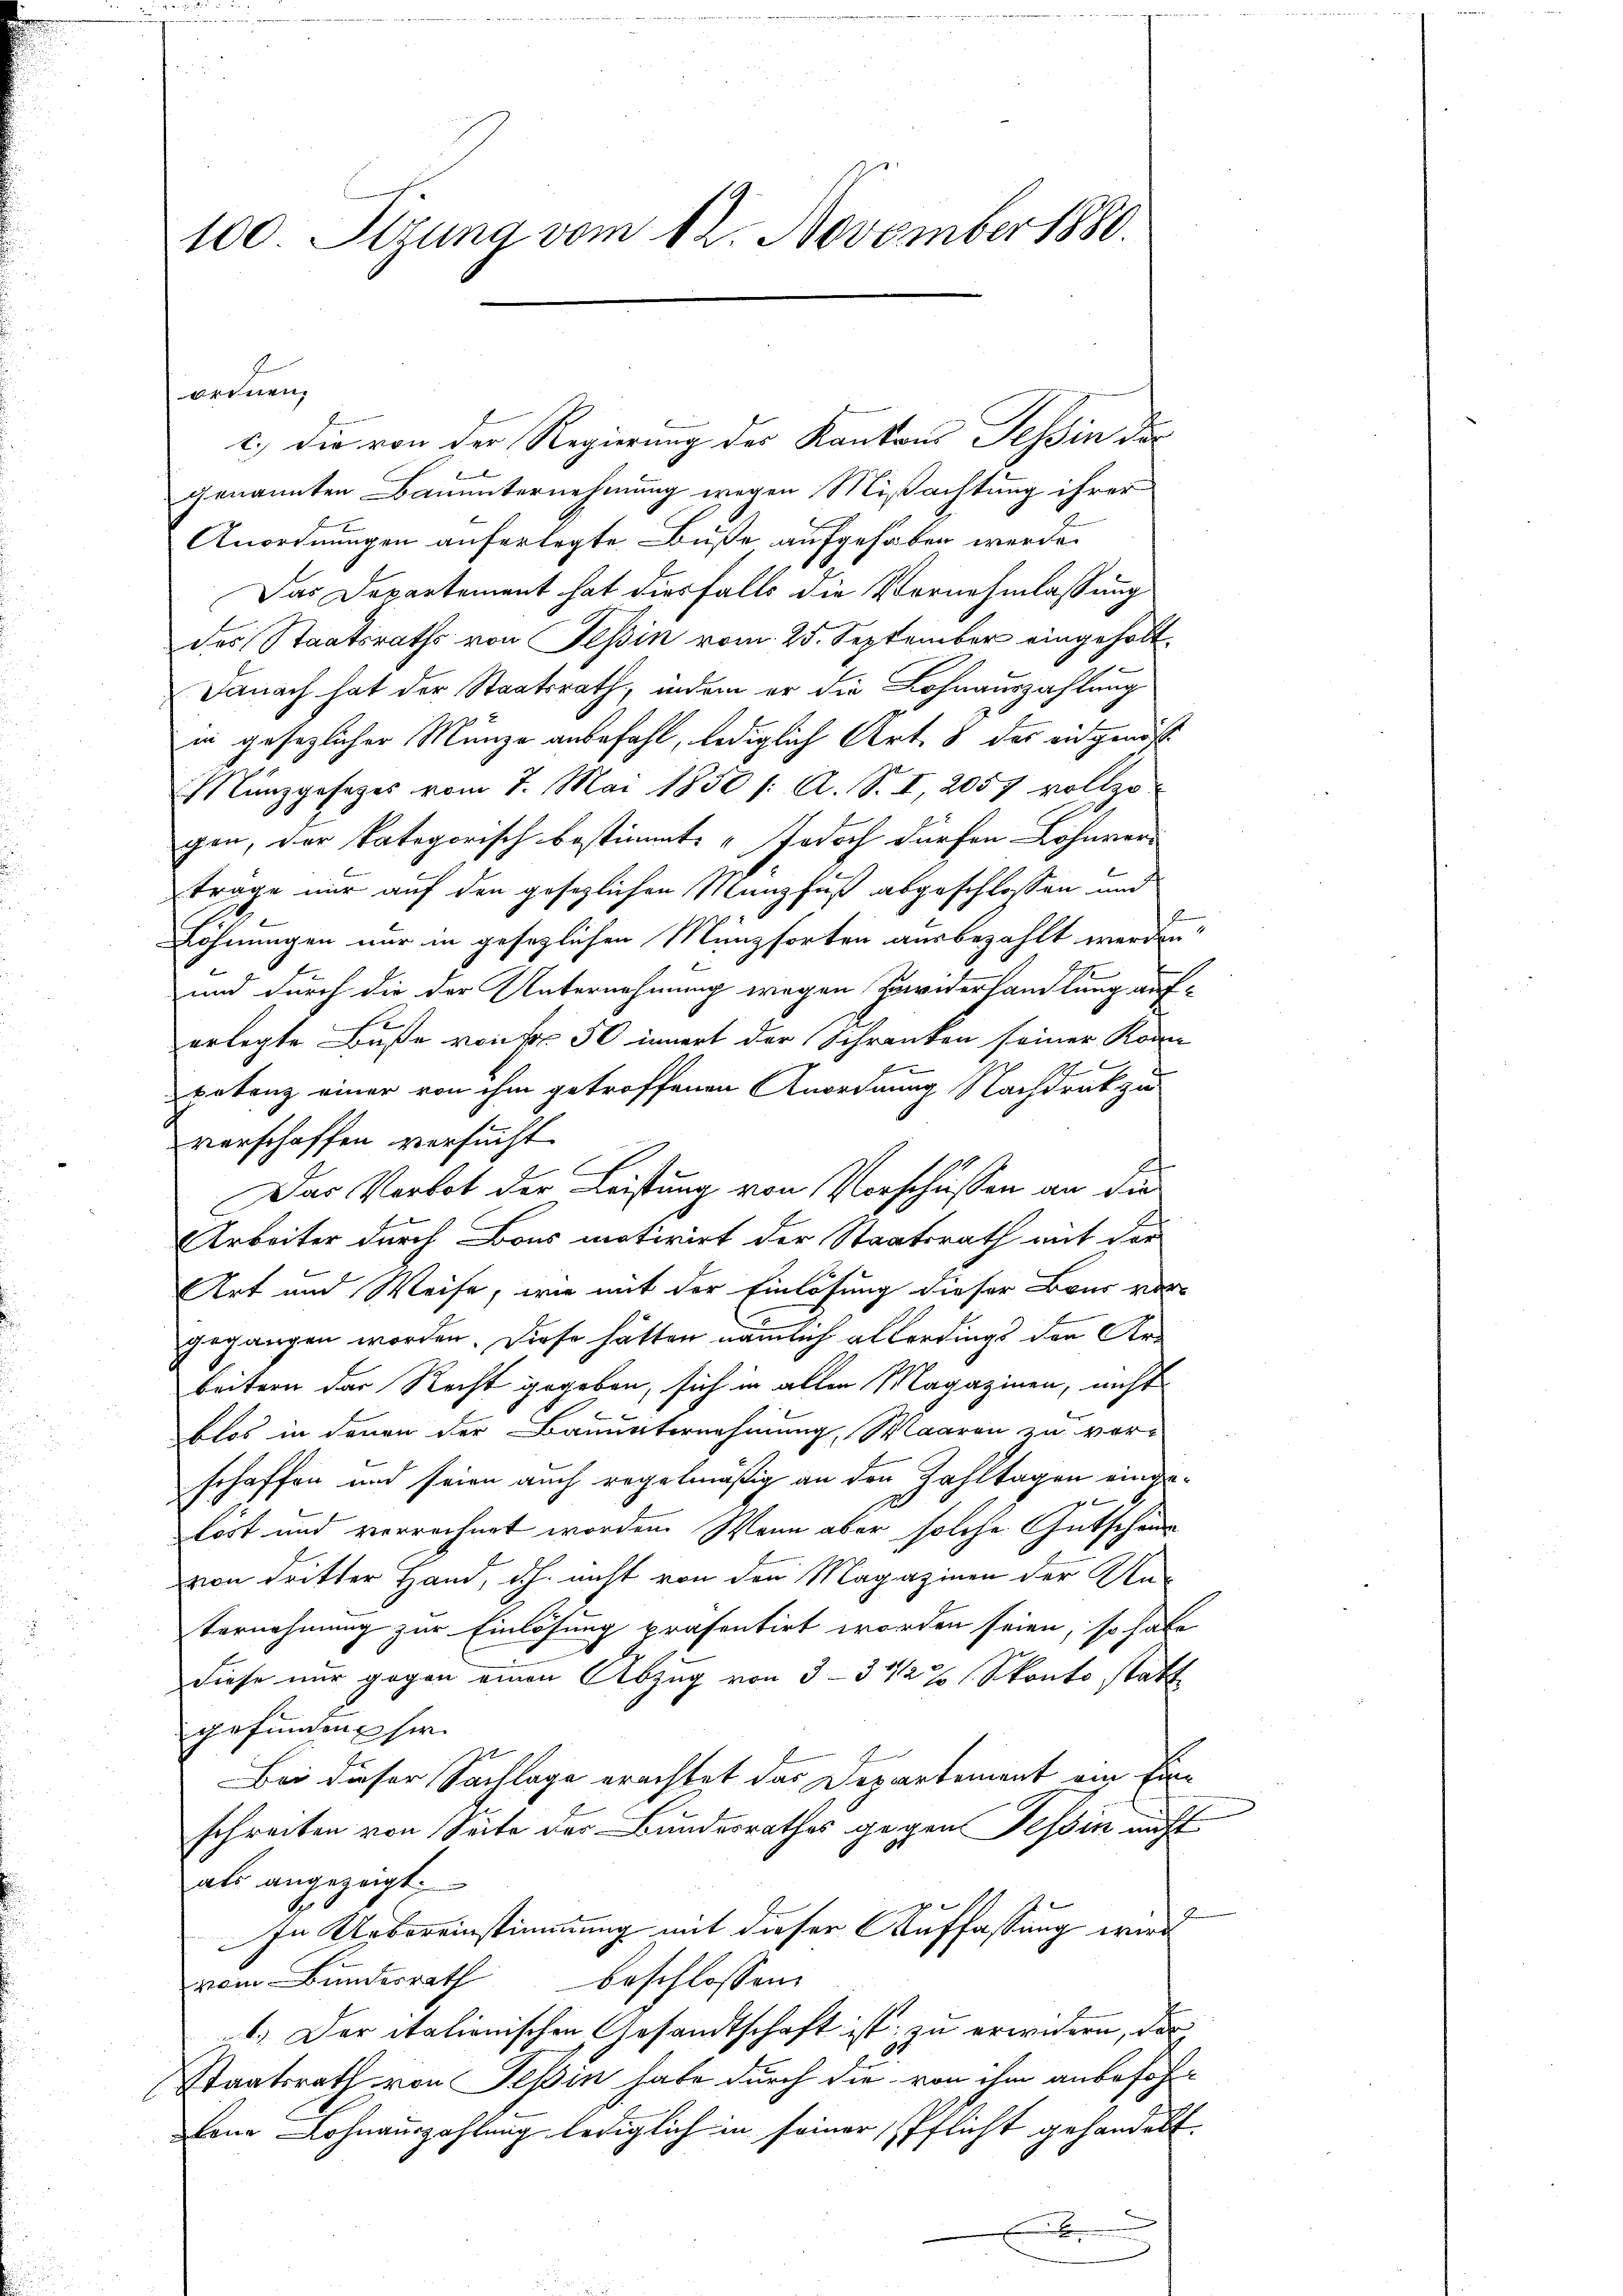
100 Sizung vom 12. November 1880.

c.) Die von der Regierung des Kantons Tessin der
genannten Bauunternehmung wegen Mißachtung ihrer
Anordnungen auferlegte Buße aufgehaben werde.
Das Departement hat diesfalls die Vernehmlassung
des Staatsraths von Tessin vom 25. September eingeholt.
Danach hat der Staatsrath, indem er die Lohnauszahlung
in gesezlicher Münze anbefahl, lediglich Art. 8 des eidgenöß¬
Münzgesezes vom 7. Mai 1850 /: A. S. I, 2057 vollzo
gen, der kategorisch bestimmt: „Jedoch dürfen Lohnver-
trage mir auf den gesezlichen Münzfuß abgeschlossen und
Löhnungen nur in gesezlichen Münzsorten ausbezahlt werden,
f
und durch die der Unternehmung wegen Bavierhandlung auf¬
.
e
erlegte Buße von Fr. 50 innert der Schranken seiner Kon
x
e
petenz einer von ihm getroffenen Anordnung Nachdruk zu
verschaffen versucht.
E
Das Verbot der Leistung von Vorschüssen an die
Arbeiter durch Bons motivirt der Staatsrath mit der
Art und Weise, wie mit der Einlösung dieser Baur vor-
gegangen worden. Diese hätten nämlich allerdings den Arbeitern das Recht gegeben, sich in allen Magazinen, nicht
blos in denen der Bauunternehmung, Waaren zu verschaffen und seien auch regelmäßig an den Zahltagen eingelöst und verrechnet worden. Wenn aber solche Gutschein
von dritter Hand, d.h. nicht von den Magazinen der Un-
Vernehmung zur Einlösung präsentirt worden seien, so habe
Diese nur gegen einen Abzug von 3-3 1/2 % Skonto statt
gefunden hie
Bei dieser Sachlage erachtet das Departement ein Eine
schreiben von Seite der Bundesrathes gegen Tessin nicht
als angezeigt.
10
In Uebereinstimmung mit dieser Auffassung wird
vom Bundesrath beschlossen
1.) Der italionischen Gesandtschaft ist; zu erwidern, das
Staatsrath von Tessin habe durch die von ihm anbeföhene Lohnauszahlung lediglich in seiner Pflicht gehandelt.
.

ordnen.